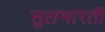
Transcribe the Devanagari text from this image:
सुलभारती